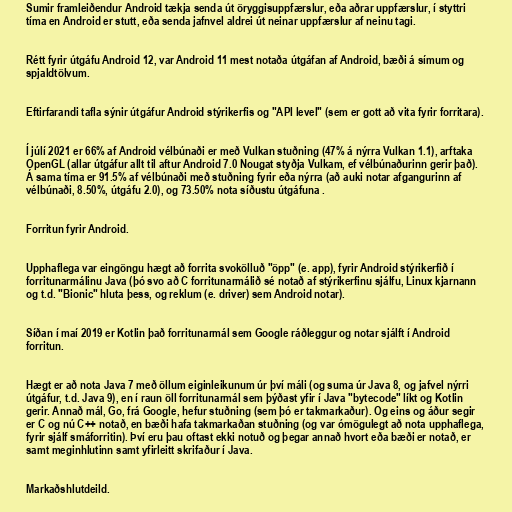
Sumir framleiðendur Android tækja senda út öryggisuppfærslur, eða aðrar uppfærslur, í styttri
tíma en Android er stutt, eða senda jafnvel aldrei út neinar uppfærslur af neinu tagi.

Rétt fyrir útgáfu Android 12, var Android 11 mest notaða útgáfan af Android, bæði á símum og
spjaldtölvum.

Eftirfarandi tafla sýnir útgáfur Android stýrikerfis og "API level" (sem er gott að vita fyrir forritara).

Í júlí 2021 er 66% af Android vélbúnaði er með Vulkan stuðning (47% á nýrra Vulkan 1.1), arftaka
OpenGL (allar útgáfur allt til aftur Android 7.0 Nougat styðja Vulkam, ef vélbúnaðurinn gerir það).
Á sama tíma er 91.5% af vélbúnaði með stuðning fyrir eða nýrra (að auki notar afgangurinn af
vélbúnaði, 8.50%, útgáfu 2.0), og 73.50% nota síðustu útgáfuna .

Forritun fyrir Android.

Upphaflega var eingöngu hægt að forrita svokölluð "öpp" (e. app), fyrir Android stýrikerfið í
forritunarmálinu Java (þó svo að C forritunarmálið sé notað af stýrikerfinu sjálfu, Linux kjarnann
og t.d. "Bionic" hluta þess, og reklum (e. driver) sem Android notar).

Síðan í maí 2019 er Kotlin það forritunarmál sem Google ráðleggur og notar sjálft í Android
forritun.

Hægt er að nota Java 7 með öllum eiginleikunum úr því máli (og suma úr Java 8, og jafvel nýrri
útgáfur, t.d. Java 9), en í raun öll forritunarmál sem þýðast yfir í Java "bytecode" líkt og Kotlin
gerir. Annað mál, Go, frá Google, hefur stuðning (sem þó er takmarkaður). Og eins og áður segir
er C og nú C++ notað, en bæði hafa takmarkaðan stuðning (og var ómögulegt að nota upphaflega,
fyrir sjálf smáforritin). Því eru þau oftast ekki notuð og þegar annað hvort eða bæði er notað, er
samt meginhlutinn samt yfirleitt skrifaður í Java.

Markaðshlutdeild.